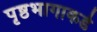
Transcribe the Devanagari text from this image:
पृष्ठभागाकडे